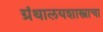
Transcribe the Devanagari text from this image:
ग्रंथालयशास्त्राचा